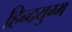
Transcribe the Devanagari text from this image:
हिन्दयुग्म